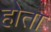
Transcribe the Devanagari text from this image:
होेता